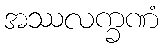
အဿလက္ခဏံ